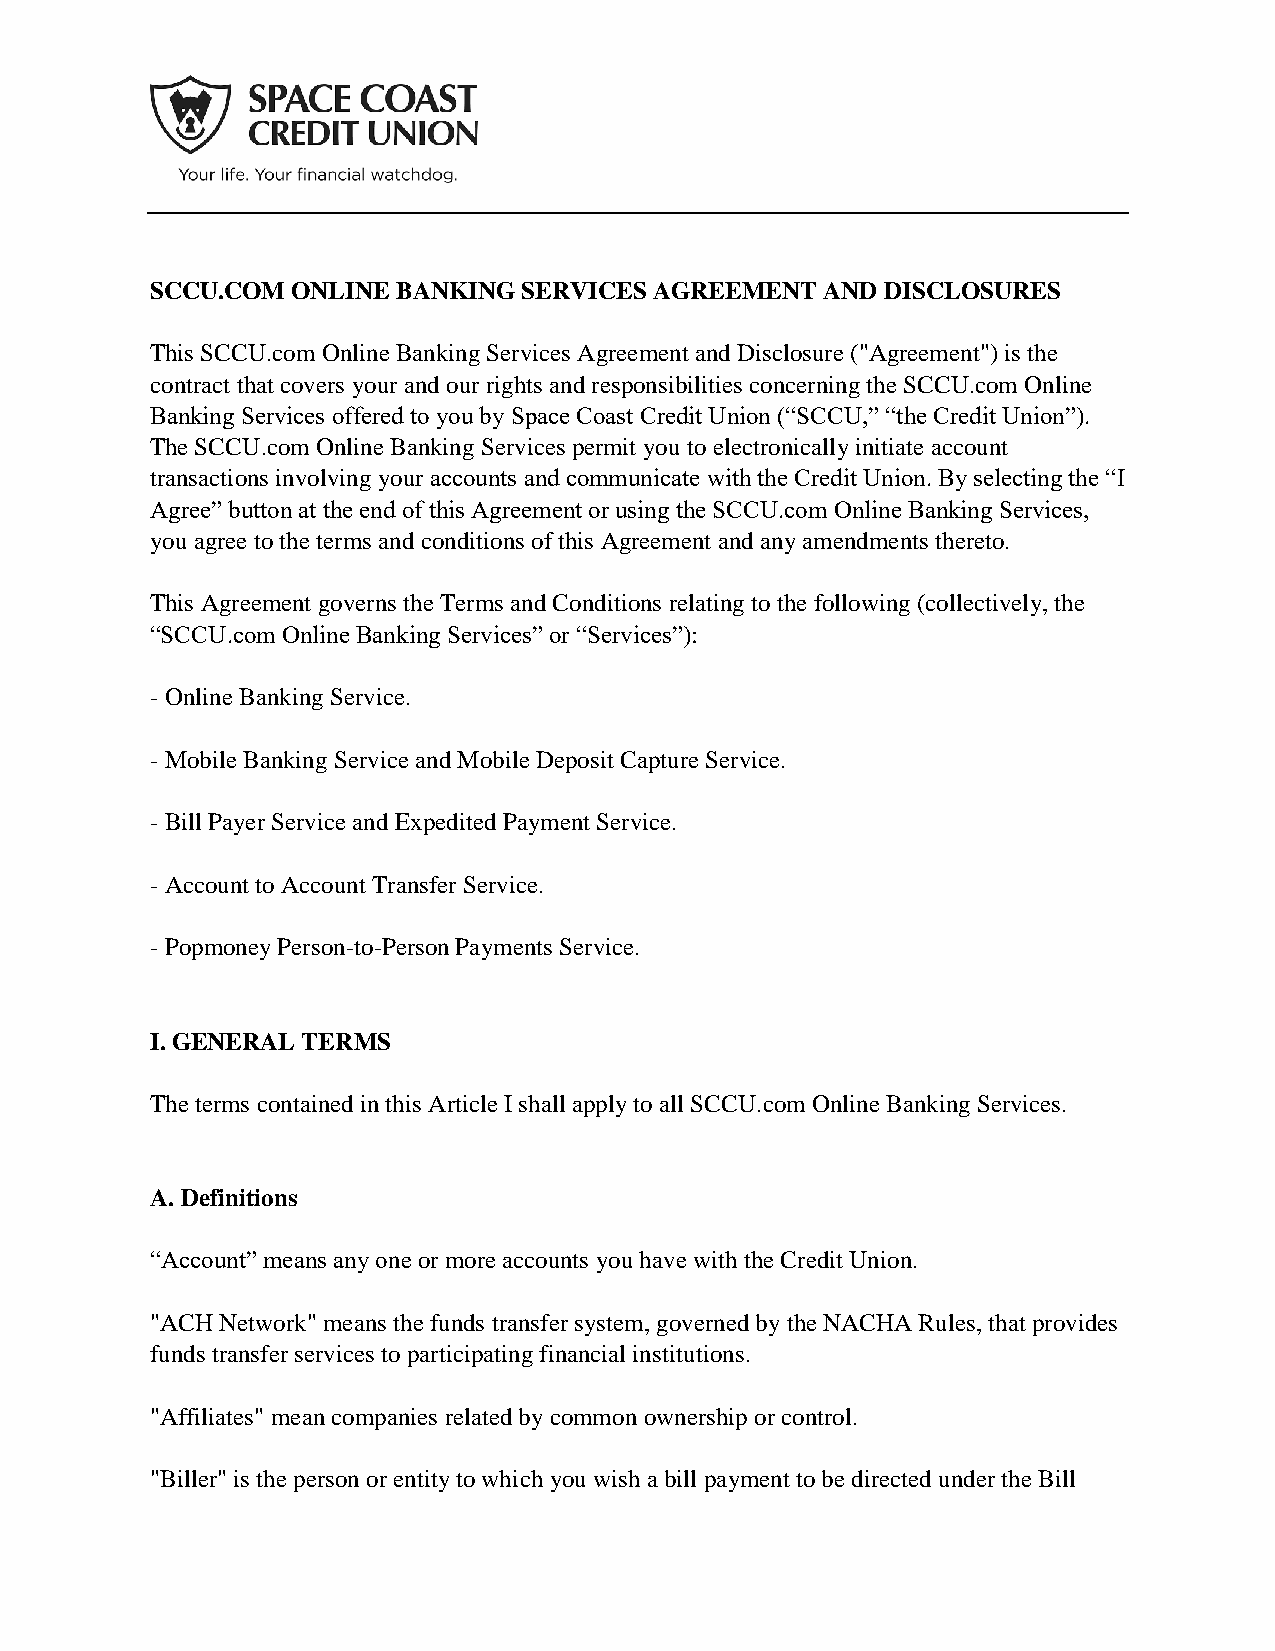
SCCU.COM ONLINE BANKING  SERVICES AGREEMENT  AND DISCLOSURES
 This SCCU.com Online Banking Services Agreement and Disclosure ("Agreement") is the
 contract that covers your and our rights and responsibilities concerning the SCCU.com Online
 Banking Services offered to you by Space Coast Credit Union (“SCCU,” “the Credit Union”).
 The SCCU.com Online Banking Services permit you to electronically initiate account
 transactions involving your accounts and communicate with the Credit Union. By selecting the “I
 Agree” button at the end of this Agreement or using the SCCU.com Online Banking Services,
 you agree to the terms and conditions of this Agreement and any amendments thereto.
 This Agreement governs the Terms and Conditions relating to the following (collectively, the
 “SCCU.com Online Banking Services” or “Services”):
 - Online Banking Service.
 - Mobile Banking Service and Mobile Deposit Capture Service.
 - Bill Payer Service and Expedited Payment Service.
 - Account to Account Transfer Service.
 - Popmoney Person-to-Person Payments Service.
 I. GENERAL TERMS
 The terms contained in this Article I shall apply to all SCCU.com Online Banking Services.
 A. Definitions
 “Account” means any one or more accounts you have with the Credit Union.
 "ACH Network" means the funds transfer system, governed by the NACHA Rules, that provides
 funds transfer services to participating financial institutions.
 "Affiliates" mean companies related by common ownership or control.
 "Biller" is the person or entity to which you wish a bill payment to be directed under the Bill